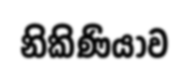
නිකිණියාව